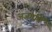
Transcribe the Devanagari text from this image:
अजगर्ति